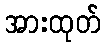
အားထုတ်